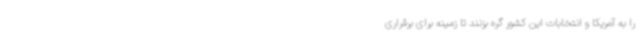
را به آمریکا و انتخابات این کشور گره بزنند تا زمینه برای برقراری